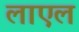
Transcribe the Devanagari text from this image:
लाएल